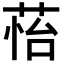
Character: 𦲀